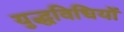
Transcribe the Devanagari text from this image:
युद्धविधियों